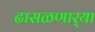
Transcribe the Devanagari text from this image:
ढासळणार्‍या